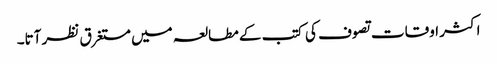
اکثر اوقات تصوف کی کتب کے مطالعہ میں مستغرق نظر آتا۔